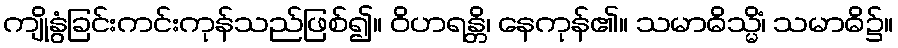
ကျိုနွံခြင်းကင်းကုန်သည်ဖြစ်၍။ ဝိဟရန္တိ၊ နေကုန်၏။ သမာဓိသ္မိံ၊ သမာဓိ၌။